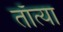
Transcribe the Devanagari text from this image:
ताँत्या